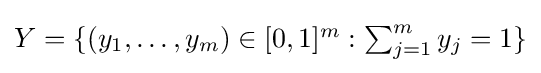
{\textstyle Y=\{(y_{1},\dots ,y_{m})\in [0,1]^{m}:\sum _{j=1}^{m}y_{j}=1\}}